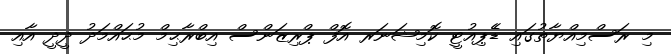
މި ރަސްމިއްޔާތުގައި ޑެެޕިއުޓީ ކޮމިޝަނަރ އޮފް ޕްރިޒަންސް އިބްރާޙިމް މުޙައްމަދު ދީދީ އާއި